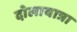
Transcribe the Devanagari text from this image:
दोलायात्रा